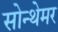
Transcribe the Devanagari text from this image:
सोन्थेमर